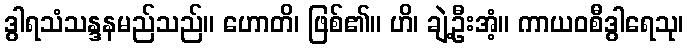
ဒွါရသံသန္ဒနမည်သည်။ ဟောတိ၊ ဖြစ်၏။ ဟိ၊ ချဲ့ဦးအံ့။ ကာယဝစီဒွါရေသု၊